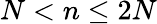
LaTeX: N<n\leq 2N